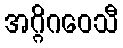
အဂ္ဂိဂဝေသီ